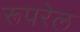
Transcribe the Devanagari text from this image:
रूपरेल